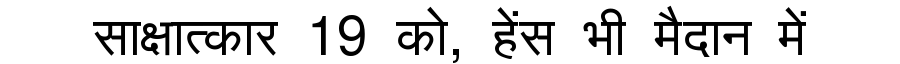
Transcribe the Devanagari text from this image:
साक्षात्कार 19 को, हेंस भी मैदान में